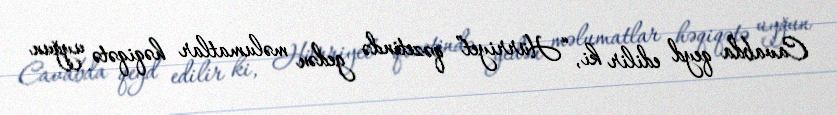
Cavabda qeyd edilir ki, “Hürriyet” qəzetində gedən məlumatlar həqiqətə uyğun